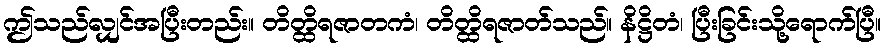
ဤသည်လျှင်အပြီးတည်း။ တိတ္ထိရဇာတကံ၊ တိတ္ထိရဇာတ်သည်။ နိဋ္ဌိတံ၊ ပြီးခြင်းသို့ရောက်ပြီ။